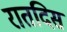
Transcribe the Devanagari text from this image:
रातदिस